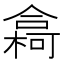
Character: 樖